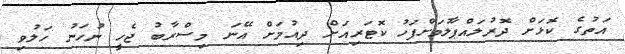
އަތުގެ ކޮޅަށް ދޮރުލައްޕާލުމަށްފަހު ކޮޓަރިއަށް ދިއުމަށް އޭނަ މިސްރާބު ޖެހީ ނުހަނު ހަލުވި